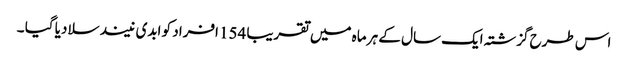
اس طرح گزشتہ ایک سال کے ہر ماہ میں تقریبا 154 افراد کو ابدی نیند سلا دیا گیا ۔